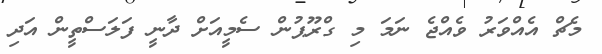
މެޗް އެއްވަރު ވެއްޖެ ނަމަ މި ގްރޫޕުން ސެމީއަށް ދާނީ ފަލަސްތީން އަދި